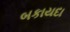
બકાયદા